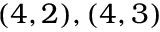
( 4 , 2 ) , ( 4 , 3 )